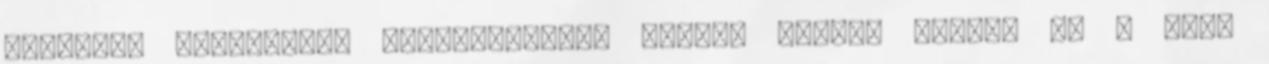
Arrabona Légvédelmi Rakétaezredet péntek reggel vonták be a téli